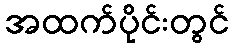
အထက်ပိုင်းတွင်